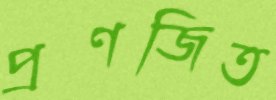
প্রণজিত